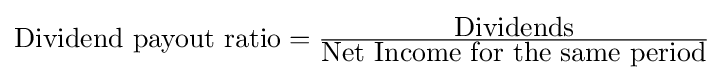
{\textstyle {\mbox{Dividend payout ratio}}={\frac {\mbox{Dividends}}{\mbox{Net Income for the same period}}}}